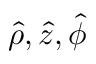
\hat { \rho } , \hat { z } , \hat { \phi }